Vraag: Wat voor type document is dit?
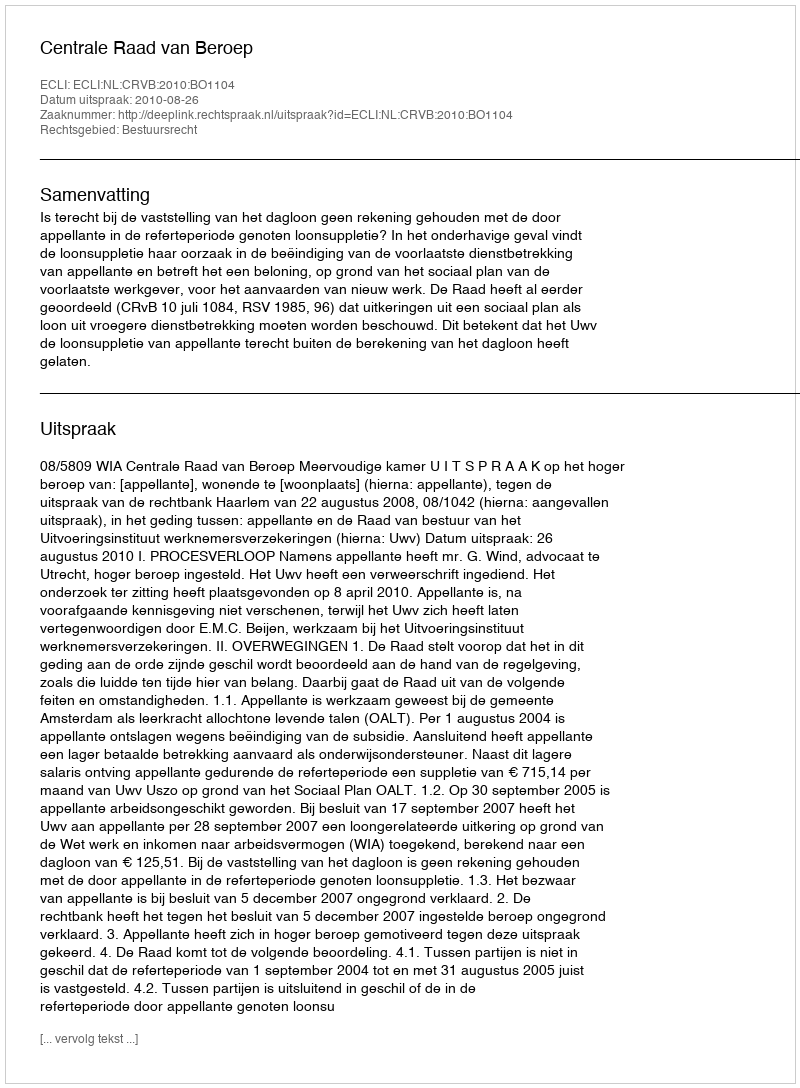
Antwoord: Uitspraak